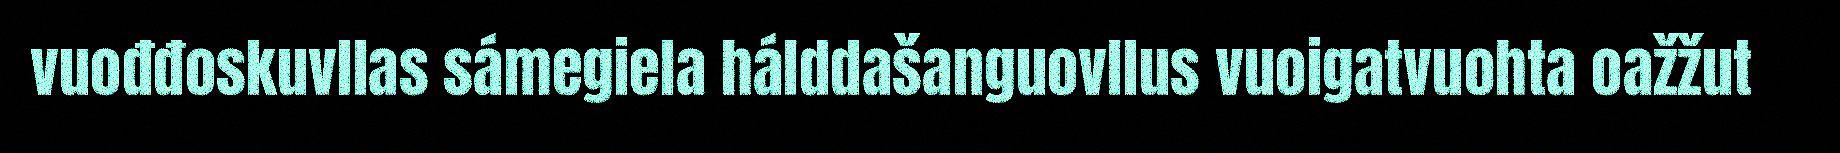
vuođđoskuvllas sámegiela hálddašanguovllus vuoigatvuohta oažžut